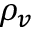
\rho _ { v }